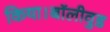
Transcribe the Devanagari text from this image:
किया।बॉलीवुड